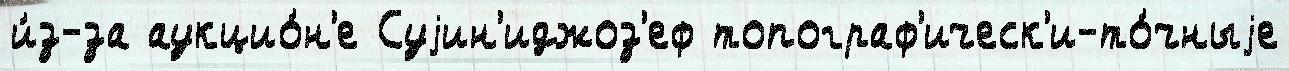
и́з-за аукцио́н'е Суjин'иджоз'еф топограф'ическ'и-то́чныjе